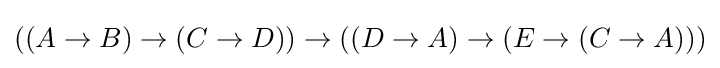
((A\to B)\to (C\to D))\to ((D\to A)\to (E\to (C\to A)))